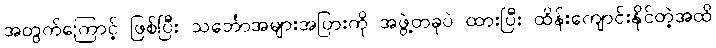
အတွက်ကြောင့် ဖြစ်ပြီး သင်္ဘောအများအပြားကို အဖွဲ့တခုပဲ ထားပြီး ထိန်းကျောင်းနိုင်တဲ့အထိ